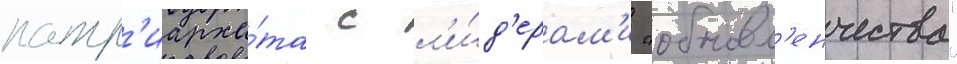
патр'иарха́та с л'и́д'ерам'и "обновл'енчества"